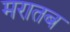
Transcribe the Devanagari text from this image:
मरातब